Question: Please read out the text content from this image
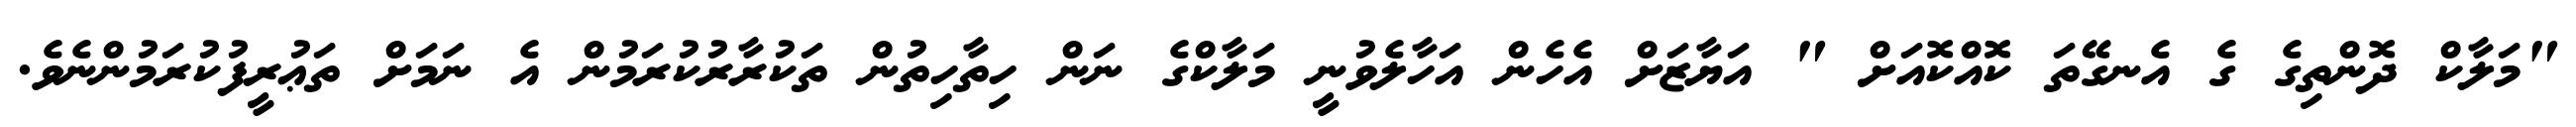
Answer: "މަލާކް ދޮންތިގެ ގެ އެނގޭތަ ކޮއްކޮއަށް " އަޔާޒަށް އެހެން އަހާލެވުނީ މަލާކްގެ ނަން ހިތާހިތުން ތަކުރާރުކުރަމުން އެ ނަމަށް ތަޢުރީފުކުރަމުންނެވެ.